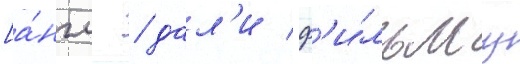
[а́нгл. / дал'и ф'и́льму